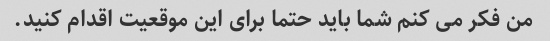
من فکر می کنم شما باید حتما برای این موقعیت اقدام کنید.